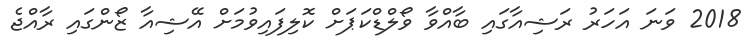
2018 ވަނަ އަހަރު ރަޝިއާގައި ބާއްވާ ވޯލްޑްކަޕަށް ކޮލިފައިވުމަށް އޭޝިއާ ޒޯންގައި ރާއްޖެ